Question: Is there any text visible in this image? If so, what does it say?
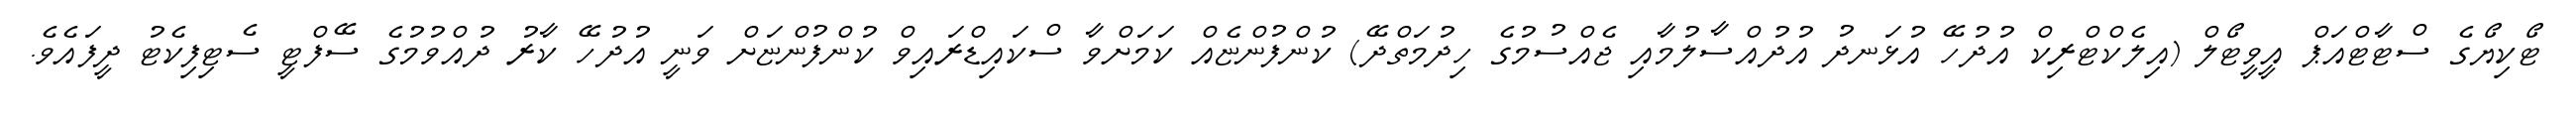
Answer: ޓޯކިޔޯގެ ސްޓާޓްއަޕް އީވީޓޯލް (އިލެކްޓްރިކް އުދުހޭ އުޅަނދު އުދުއްސާލުމާއި ޖެއްސުމުގެ ހިދުމަތްދޭ) ކުންފުންޏެއް ކަމަށްވާ ސްކައިޑްރައިވް ކުންފުންޏަށް ވަނީ އުދުހޭ ކާރު ދުއްވުމުގެ ސޭފްޓީ ސެޓިފިކެޓު ދީފައެވެ.